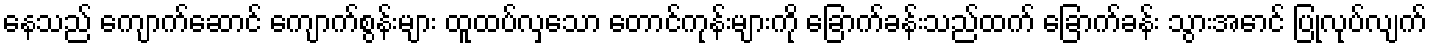
နေသည် ကျောက်ဆောင် ကျောက်စွန်းများ ထူထပ်လှသော တောင်ကုန်းများကို ခြောက်ခန်းသည်ထက် ခြောက်ခန်း သွားအောင် ပြုလုပ်လျက်